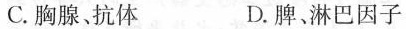
C.胸腺抗体 D.脾，淋巴因子